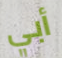
أبي